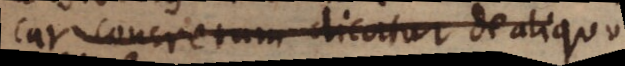
cur concretum dicatur de aliquo